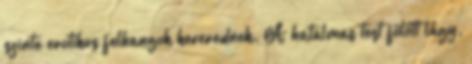
szinte erotikus felhangok keverednek. A hatalmas test fölött lágy,